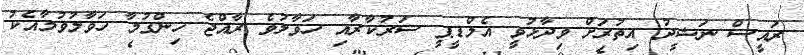
ރައީސް ނަޝީދު އިތުރަށް ވިދާޅުވީ އެމްޑީޕީ ސަރުކާރާއި ހަވާލުވެ ރާއްޖެ ހިންގުމާ ހަވާލުވުމާއެކު